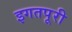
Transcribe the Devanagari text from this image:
इगतपूरी